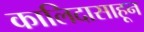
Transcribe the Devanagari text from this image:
कालिदासाहून